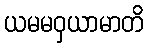
ယမမဝှယာမာတိ